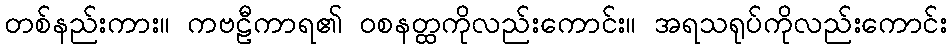
တစ်နည်းကား။ ကဗဠီကာရ၏ ဝစနတ္ထကိုလည်းကောင်း။ အရသရုပ်ကိုလည်းကောင်း